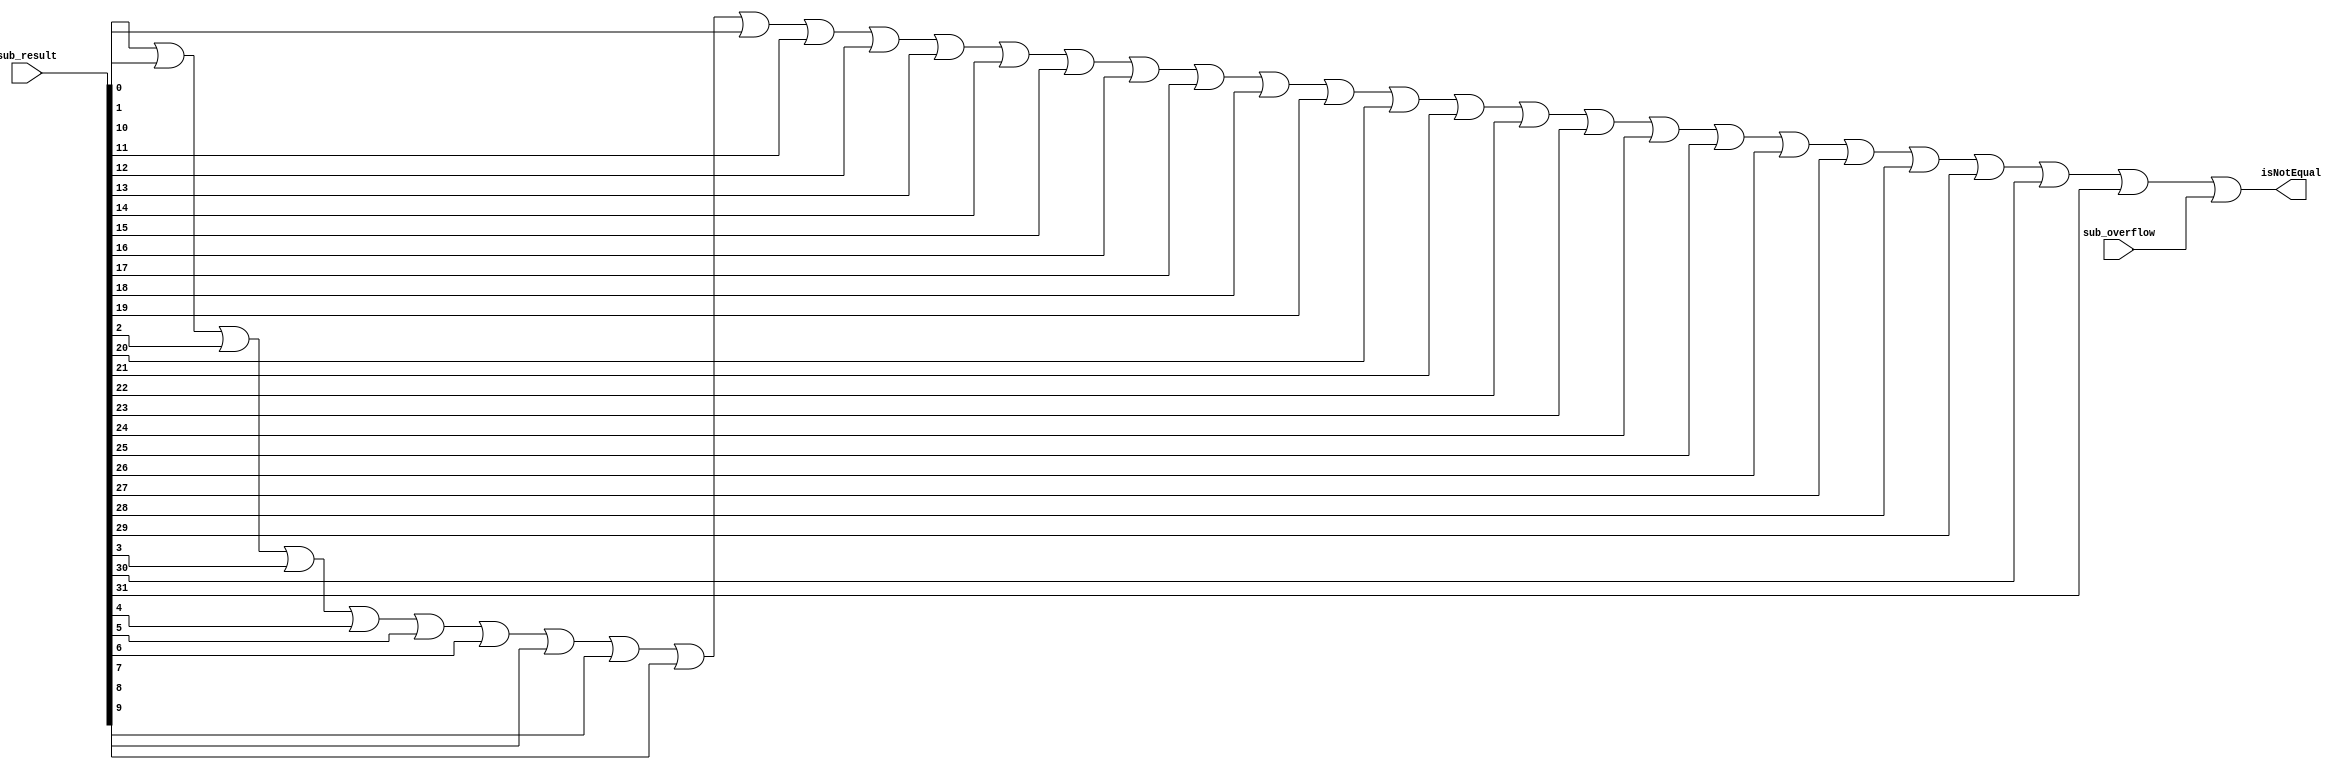
module isNotEqual(sub_result, sub_overflow, isNotEqual);
	input [31:0] sub_result;
	input sub_overflow;
	output isNotEqual;
	wire sub_result_or;
	//if all bits of sub_result are 0 --> or_gate = 0 --> A-B=0
	or or_gate1(sub_result_or, sub_result[0], sub_result[1], sub_result[2], sub_result[3], sub_result[4], sub_result[5], sub_result[6], sub_result[7], sub_result[8], sub_result[9], sub_result[10], sub_result[11], sub_result[12], sub_result[13], sub_result[14], sub_result[15], sub_result[16], sub_result[17], sub_result[18], sub_result[19], sub_result[20], sub_result[21], sub_result[22], sub_result[23], sub_result[24], sub_result[25], sub_result[26], sub_result[27], sub_result[28], sub_result[29], sub_result[30], sub_result[31]);
	//When sub_overflow is 1, A and B should be unequal
	//When sub_overflow is 0 and all bits of sub_result are 0, A and B are equal
	or or_gate2(isNotEqual, sub_result_or, sub_overflow);
endmodule